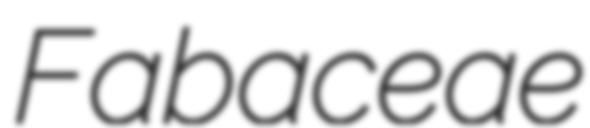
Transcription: Fabaceae